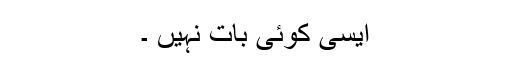
ایسی کوئی بات نہیں ۔